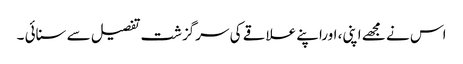
اس نے مجھے اپنی، اوراپنے علاقے کی سرگزشت تفصیل سے سنائی ۔